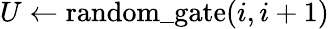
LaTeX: U\gets\mathrm{random\_ gate}(i,i+1)